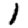
Digit: 1